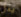
يدل